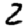
Digit: 2